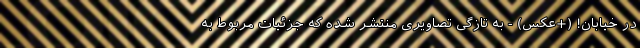
در خیابان! (+عکس) - به تازگی تصاویری منتشر شده که جزئیات مربوط به